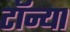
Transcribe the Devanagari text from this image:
टॉन्या